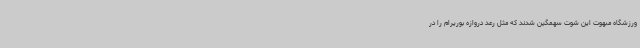
ورزشگاه مبهوت این شوت سهمگین شدند که مثل رعد دروازه بوریرام را در